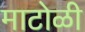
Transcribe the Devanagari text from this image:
माटोळी